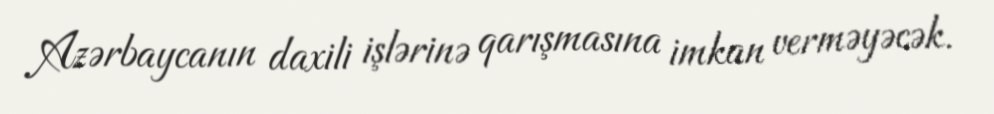
Azərbaycanın daxili işlərinə qarışmasına imkan verməyəcək.